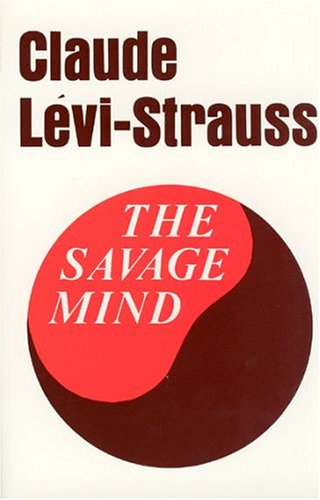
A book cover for The Savage Mind (The Nature of Human Society Series); Claude LÃ©vi-Strauss; Politics & Social Sciences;